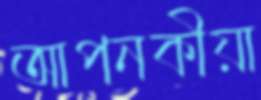
আপনকীয়া